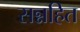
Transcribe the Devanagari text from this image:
सन्नहित